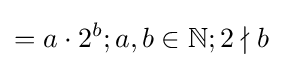
=a\cdot 2^{b};a,b\in \mathbb {N} ;2\nmid b